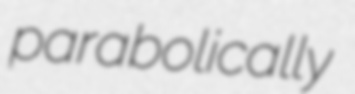
parabolically